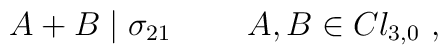
A + B \mid \sigma_{21}~~~~~~~A,B \in Cl_{3,0}~,